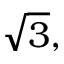
{ \sqrt { 3 } } ,